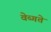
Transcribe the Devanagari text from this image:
वेब्गते